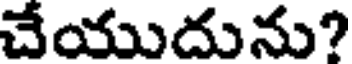
చేయుదును?